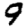
Digit: 9